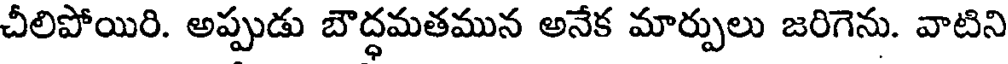
చీలిపోయిరి. అప్పుడు బౌద్ధమతమున అనేక మార్పులు జరిగెను. వాటిని